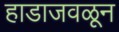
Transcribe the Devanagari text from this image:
हाडाजवळून